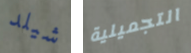
شيلد التجميلية